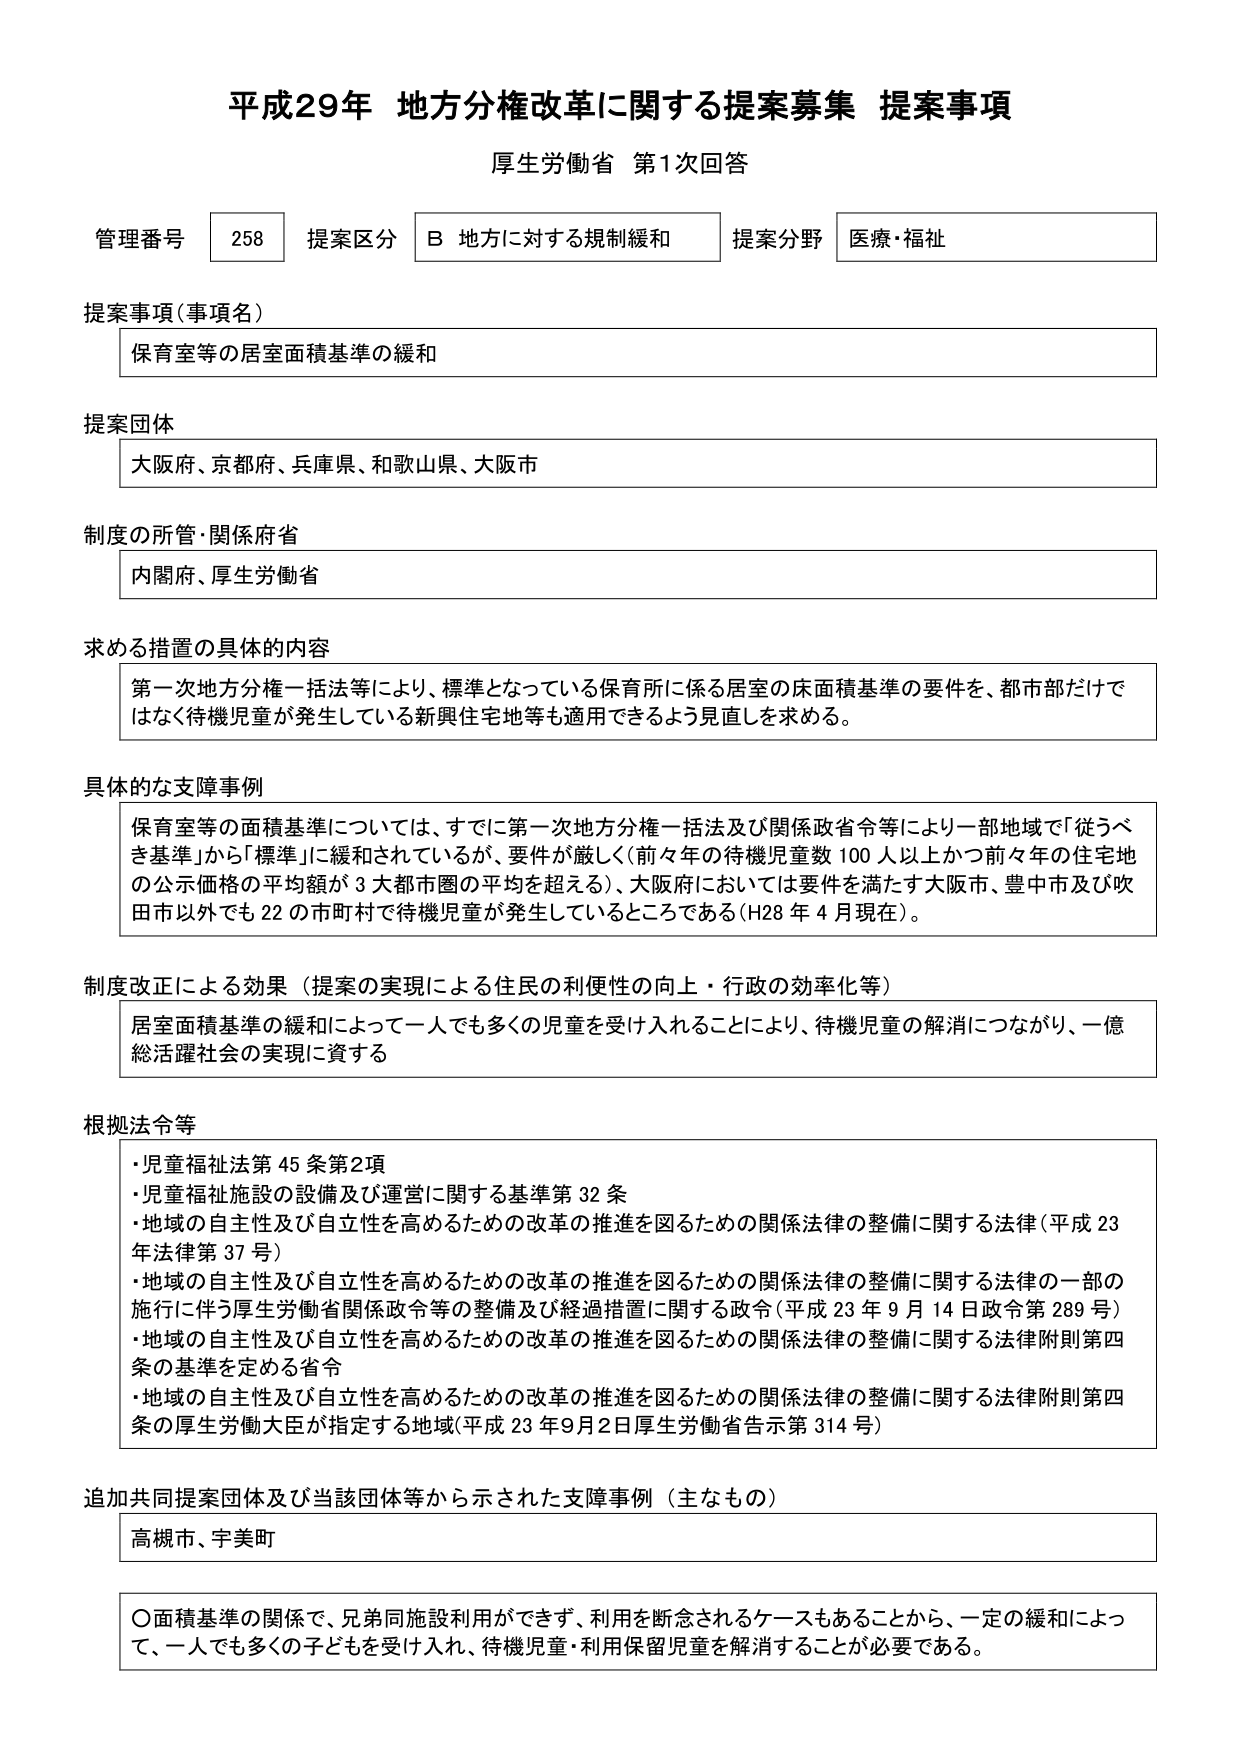
平成29年 地方分権改革に関する提案募集 提案事項
厚生労働省 第1次回答

管理番号 258 提案区分 B 地方に対する規制緩和 提案分野 医療・福祉

提案事項（事項名）
保育室等の居室面積基準の緩和

提案団体
大阪府、京都府、兵庫県、和歌山県、大阪市

制度の所管・関係府省
内閣府、厚生労働省

求める措置の具体的内容
第一次地方分権一括法等により、標準となっている保育所に係る居室の床面積基準の要件を、都市部だけではなく待機児童が発生している新興住宅地等も適用できるよう見直しを求める。

具体的な支障事例
保育室等の面積基準については、すでに第一次地方分権一括法及び関係政省令等により一部地域で「従うべき基準」から「標準」に緩和されているが、要件が厳しく（前々年の待機児童数100人以上かつ前々年の住宅地の公示価格の平均額が3大都市圏の平均を超える）、大阪府においては要件を満たす大阪市、豊中市及び吹田市以外でも22の市町村で待機児童が発生しているところである（H28年4月現在）。

制度改正による効果（提案の実現による住民の利便性の向上・行政の効率化等）
居室面積基準の緩和によって一人でも多くの児童を受け入れることにより、待機児童の解消につながり、一億総活躍社会の実現に資する

根拠法令等
・児童福祉法第45条第2項
・児童福祉施設の設備及び運営に関する基準第32条
・地域の自主性及び自立性を高めるための改革の推進を図るための関係法律の整備に関する法律（平成23年法律第37号）
・地域の自主性及び自立性を高めるための改革の推進を図るための関係法律の整備に関する法律の一部の施行に伴う厚生労働省関係政令等の整備及び経過措置に関する政令（平成23年9月14日政令第289号）
・地域の自主性及び自立性を高めるための改革の推進を図るための関係法律の整備に関する法律附則第四条の基準を定める省令
・地域の自主性及び自立性を高めるための改革の推進を図るための関係法律の整備に関する法律附則第四条の厚生労働大臣が指定する地域（平成23年9月2日厚生労働省告示第314号）

追加共同提案団体及び当該団体等から示された支障事例（主なもの）
高槻市、宇美町

〇面積基準の関係で、兄弟同施設利用ができず、利用を断念されるケースもあることから、一定の緩和によって、一人でも多くの子どもを受け入れ、待機児童・利用保留児童を解消することが必要である。